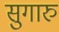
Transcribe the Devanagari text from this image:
सुगारु